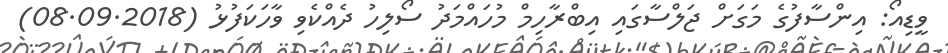
ވީޑިއޯ: އިންސާފުގެ މަގަށް ޖަލްސާގައި އިބްރާހިމް މުހައްމަދު ސޯލިހު ދެއްކެވި ވާހަކަފުޅު (08.09.2018)